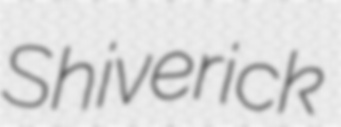
Shiverick